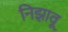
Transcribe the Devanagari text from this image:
निझावू